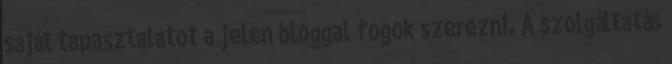
saját tapasztalatot a jelen bloggal fogok szerezni. A szolgáltatás